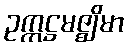
ဥက္ကဋ္ဌမဇ္ဈိမာ